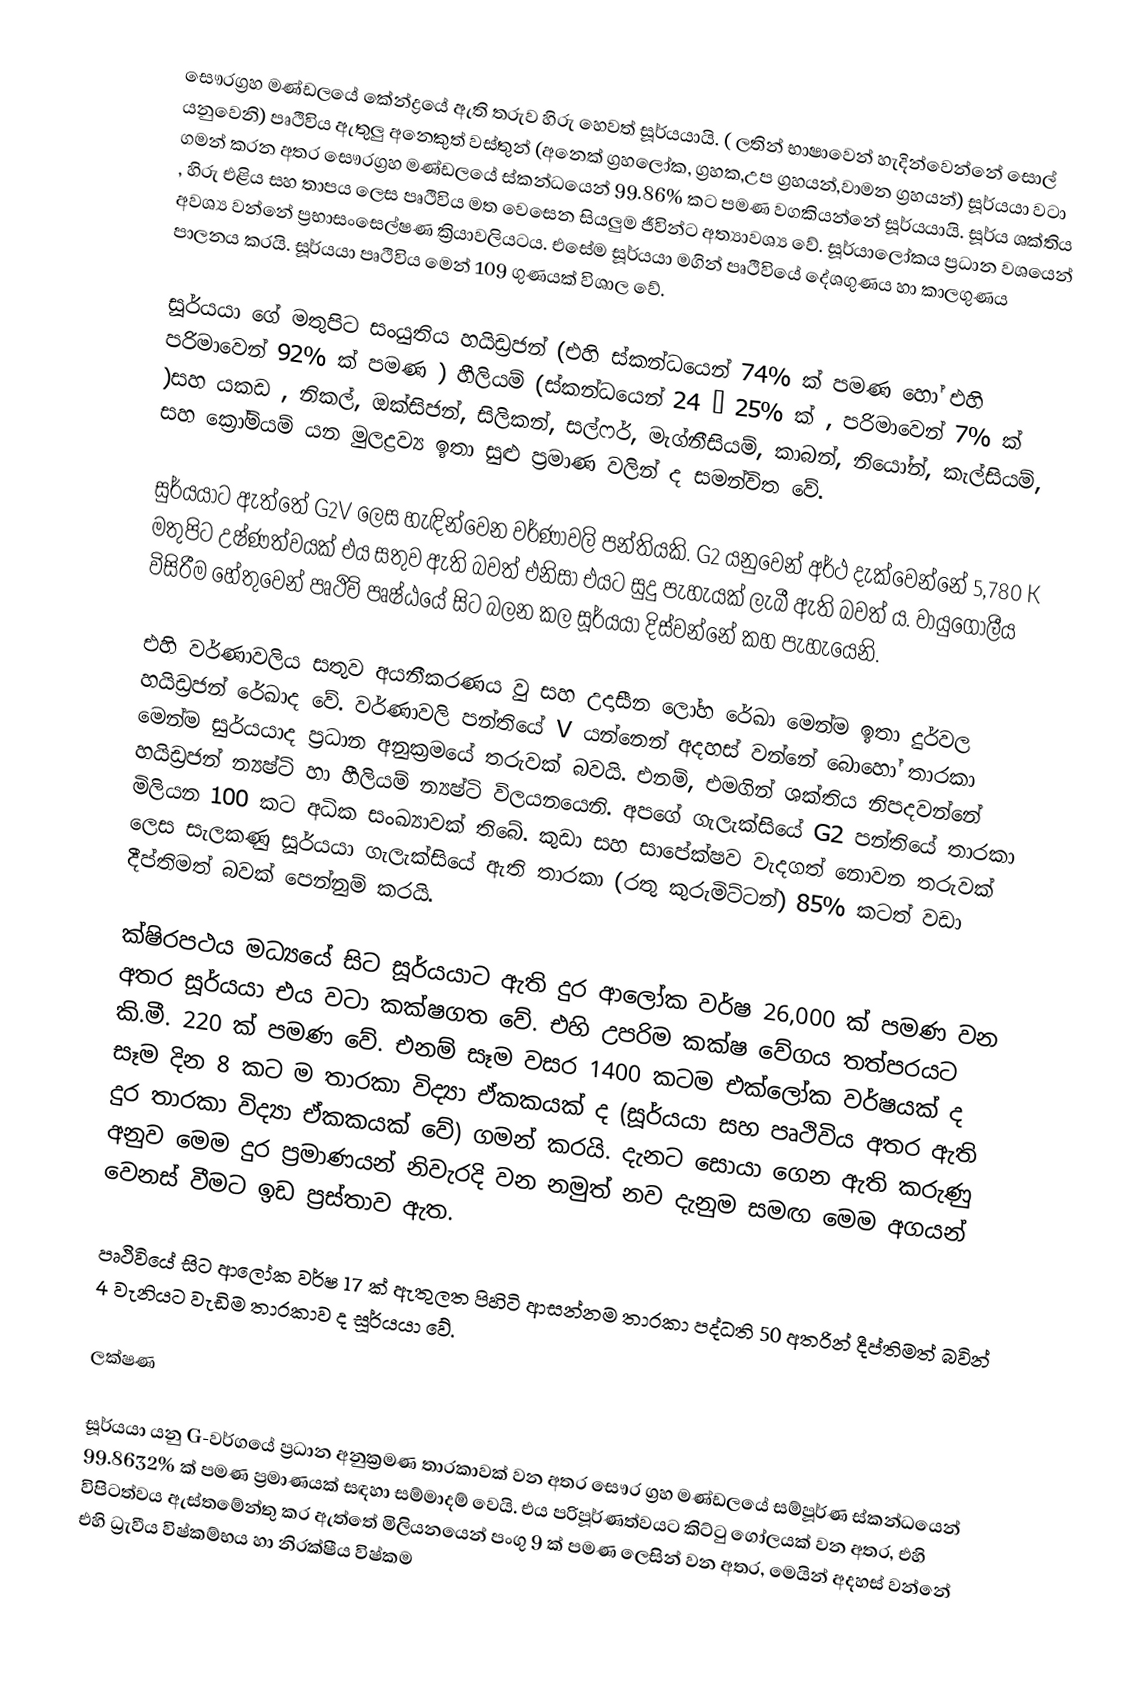
සෞරග්‍රහ මණ්ඩලයේ කේන්ද්‍රයේ ඇති තරුව හිරු හෙවත් සූර්යයායි. ( ලතින් භාෂාවෙන් හැදින්වෙන්නේ සොල් යනුවෙනි) පෘථිවිය ඇතුලු ‍අනෙකුත් වස්තුන් (අනෙක් ග්‍රහලෝක, ග්‍රහක,උප ග්‍රහයන්,වාමන ග්‍රහයන්)  සූර්යයා වටා ගමන් කරන අතර සෞරග්‍රහ මණ්ඩලයේ ස්කන්ධයෙන් 99.86% කට පමණ වගකියන්නේ සූර්යයායි. සූර්ය ශක්තිය , හිරු එළිය සහ තාපය ලෙස පෘථිවිය මත වෙසෙන සියලුම ජීවින්ට අත්‍යාවශ්‍ය වේ. සූර්යාලෝකය ප්‍රධාන වශයෙන් අවශ්‍ය වන්නේ ප්‍රභාසංස‍්ලේෂණ ක්‍රියාවලියටය. ‍එසේම සූර්යයා මගින් පෘථිවියේ දේශගුණය හා කාලගුණය පාලනය කරයි. සූර්යයා පෘථිවිය මෙන් 109 ගුණයක් විශාල වේ.

සූර්යයා ගේ මතුපිට සංයුතිය හයිඩ්‍රජන් (එහි ස්කන්ධයෙන් 74% ක් පමණ හෝ එහි පරිමාවෙන් 92% ක් පමණ ) හීලියම් (ස්කන්ධයෙන් 24 – 25% ක් , පරිමාවෙන් 7% ක් )සහ යකඩ , නිකල්, ඔක්සිජන්, සිලිකන්, සල්ෆර්, මැග්නීසියම්, කාබන්, නියෝන්, කැල්සියම්, සහ ක්‍රෝමියම් යන මුලද්‍රව්‍ය ඉතා සුළු ප්‍රමාණ වලින් ද සමන්විත වේ.

සුර්යයාට ඇත්තේ G2V ලෙස හැඳින්වෙන වර්ණාවලි පන්තියකි. G2 යනුවෙන් අර්ථ දැක්වෙන්නේ 5,780 K මතුපිට උෂ්ණත්වයක් එය සතුව ඇති බවත් එනිසා එයට සුදු පැහැයක් ලැබී ඇති බවත් ය. වායුගෝලීය විසිරීම හේතුවෙන් පෘථිවි පෘෂ්ඨයේ සිට බලන කල සූර්යයා දිස්වන්නේ කහ පැහැයෙනි.

එහි වර්ණාවලිය සතුව අයනීකරණය වු සහ උදාසීන ලෝහ රේඛා මෙන්ම ඉතා දුර්වල හයිඩ්‍රජන් රේඛාද වේ. වර්ණාවලි පන්තියේ V යන්නෙන් අදහස් වන්නේ බොහෝ තාරකා මෙන්ම සුර්යයාද ප්‍රධාන අනුක්‍රමයේ තරුවක් බවයි. එනම්, එමගින් ශක්තිය නිපදවන්නේ හයිඩ්‍රජන් න්‍යෂ්ටි හා හීලියම් න්‍යෂ්ටි විලයනයෙනි. අපගේ ගැලැක්සියේ G2 පන්තියේ තාරකා මිලියන 100 කට අධික සංඛ්‍යාවක් තිබේ. කුඩා සහ සාපේක්ෂව වැදගත් නොවන තරුවක් ලෙස සැලකණු සූර්යයා ගැලැක්සියේ ඇති තාරකා (රතු කුරුමිට්ටන්) 85% කටත් වඩා දීප්තිමත් බවක් පෙන්නුම් කරයි.

ක්ෂිරපථය මධ්‍යයේ සිට සූර්යයා‍ට ඇති දුර ආලෝක වර්ෂ 26,000 ක් පමණ වන අතර සූර්යයා එය වටා කක්ෂගත වේ. එහි උපරිම කක්ෂ වේගය තත්පරයට කි.මී. 220 ක් පමණ වේ. එනම් සෑම වසර 1400 කටම එක්ලෝක වර්ෂයක් ද සෑම දින 8 කට ම තාරකා විද්‍යා ඒකකයක් ද (සූර්යයා සහ පෘථිවිය අතර ඇති දුර තාරකා විද්‍යා ඒකකයක් වේ) ගමන් කරයි. දැනට සොයා ගෙන ඇති කරුණු අනුව මෙම දුර ප්‍රමාණයන් නිවැරදි වන නමුත් නව දැනුම සමඟ මෙම අගයන් වෙනස් වීමට ඉඩ ප්‍රස්තාව ඇත.

පෘථිවියේ සිට ආලෝක වර්ෂ 17 ක් ඇතුලත පිහිටි ආසන්නම තාරකා පද්ධති 50 අතරින් දීප්තිමත් බවින් 4 වැනියට වැඩිම තාරකාව ද සූර්යයා වේ.

ලක්ෂණ

සූර්යයා යනු G-වර්ගයේ ප්‍රධාන අනුක්‍රමණ තාරකාවක් වන අතර සෞර ග්‍රහ මණ්ඩලයේ සම්පූර්ණ ස්කන්ධයෙන් 99.8632% ක් පමණ ප්‍රමාණයක් සඳහා සම්මාදම් වෙයි. එය පරිපූර්ණත්වයට කිට්ටු ගෝලයක් වන අතර, එහි විපිටත්වය ඇස්තමේන්තු කර ඇත්තේ මිලියනයෙන් පංගු 9 ක් පමණ ලෙසින් වන අතර, මෙයින් අදහස් වන්නේ එහි ධ්‍රැවීය විෂ්කම්භය හා නිරක්ෂීය විෂ්කම